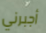
أجبرني